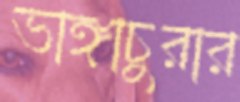
ভাঙ্গাচুরার